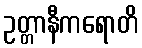
ဥတ္တာနီကရောတိ